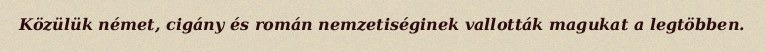
Közülük német, cigány és román nemzetiséginek vallották magukat a legtöbben.